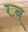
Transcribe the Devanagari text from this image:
ख्ब्